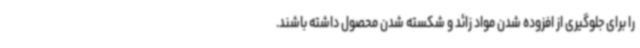
را برای جلوگیری از افزوده شدن مواد زائد و شکسته شدن محصول داشته باشند.